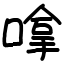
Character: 嗱